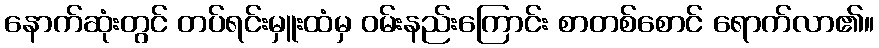
နောက်ဆုံးတွင် တပ်ရင်းမှူးထံမှ ဝမ်းနည်းကြောင်း စာတစ်စောင် ရောက်လာ၏။